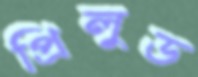
প্রিলুড